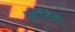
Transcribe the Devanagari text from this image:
आंतिक